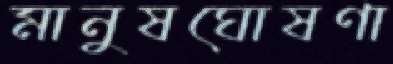
মানুষঘোষণা